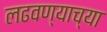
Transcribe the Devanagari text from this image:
लढवण्याच्या